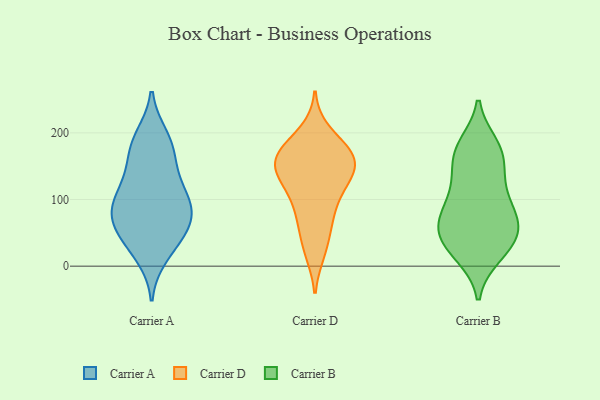
{"axis": {"x": "Headcount", "y": "Value"}, "legend": ["Carrier A", "Carrier B", "Carrier D"], "data": [{"x": "", "y": 102, "type": "Carrier A"}, {"x": "", "y": 170, "type": "Carrier A"}, {"x": "", "y": 14, "type": "Carrier A"}, {"x": "", "y": 67, "type": "Carrier A"}, {"x": "", "y": 154, "type": "Carrier A"}, {"x": "", "y": 91, "type": "Carrier A"}, {"x": "", "y": 22, "type": "Carrier A"}, {"x": "", "y": 82, "type": "Carrier A"}, {"x": "", "y": 70, "type": "Carrier A"}, {"x": "", "y": 109, "type": "Carrier A"}, {"x": "", "y": 195, "type": "Carrier A"}, {"x": "", "y": 115, "type": "Carrier A"}, {"x": "", "y": 171, "type": "Carrier A"}, {"x": "", "y": 52, "type": "Carrier A"}, {"x": "", "y": 84, "type": "Carrier A"}, {"x": "", "y": 129, "type": "Carrier A"}, {"x": "", "y": 47, "type": "Carrier A"}, {"x": "", "y": 53, "type": "Carrier A"}, {"x": "", "y": 196, "type": "Carrier A"}, {"x": "", "y": 159, "type": "Carrier D"}, {"x": "", "y": 127, "type": "Carrier D"}, {"x": "", "y": 150, "type": "Carrier D"}, {"x": "", "y": 184, "type": "Carrier D"}, {"x": "", "y": 81, "type": "Carrier D"}, {"x": "", "y": 29, "type": "Carrier D"}, {"x": "", "y": 200, "type": "Carrier D"}, {"x": "", "y": 22, "type": "Carrier D"}, {"x": "", "y": 151, "type": "Carrier D"}, {"x": "", "y": 166, "type": "Carrier D"}, {"x": "", "y": 63, "type": "Carrier D"}, {"x": "", "y": 120, "type": "Carrier D"}, {"x": "", "y": 133, "type": "Carrier D"}, {"x": "", "y": 171, "type": "Carrier D"}, {"x": "", "y": 162, "type": "Carrier D"}, {"x": "", "y": 161, "type": "Carrier D"}, {"x": "", "y": 77, "type": "Carrier D"}, {"x": "", "y": 113, "type": "Carrier D"}, {"x": "", "y": 63, "type": "Carrier B"}, {"x": "", "y": 130, "type": "Carrier B"}, {"x": "", "y": 41, "type": "Carrier B"}, {"x": "", "y": 174, "type": "Carrier B"}, {"x": "", "y": 17, "type": "Carrier B"}, {"x": "", "y": 142, "type": "Carrier B"}, {"x": "", "y": 104, "type": "Carrier B"}, {"x": "", "y": 64, "type": "Carrier B"}, {"x": "", "y": 22, "type": "Carrier B"}, {"x": "", "y": 27, "type": "Carrier B"}, {"x": "", "y": 44, "type": "Carrier B"}, {"x": "", "y": 165, "type": "Carrier B"}, {"x": "", "y": 181, "type": "Carrier B"}, {"x": "", "y": 176, "type": "Carrier B"}, {"x": "", "y": 103, "type": "Carrier B"}, {"x": "", "y": 73, "type": "Carrier B"}, {"x": "", "y": 80, "type": "Carrier B"}, {"x": "", "y": 58, "type": "Carrier B"}]}